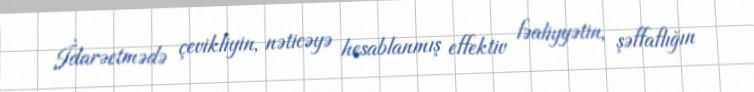
İdarəetmədə çevikliyin, nəticəyə hesablanmış effektiv fəaliyyətin, şəffaflığın